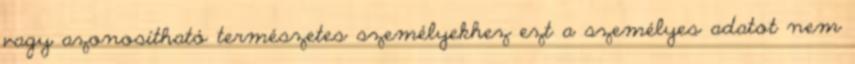
vagy azonosítható természetes személyekhez ezt a személyes adatot nem